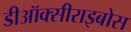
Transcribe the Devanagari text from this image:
डीऑक्सीराइबोस